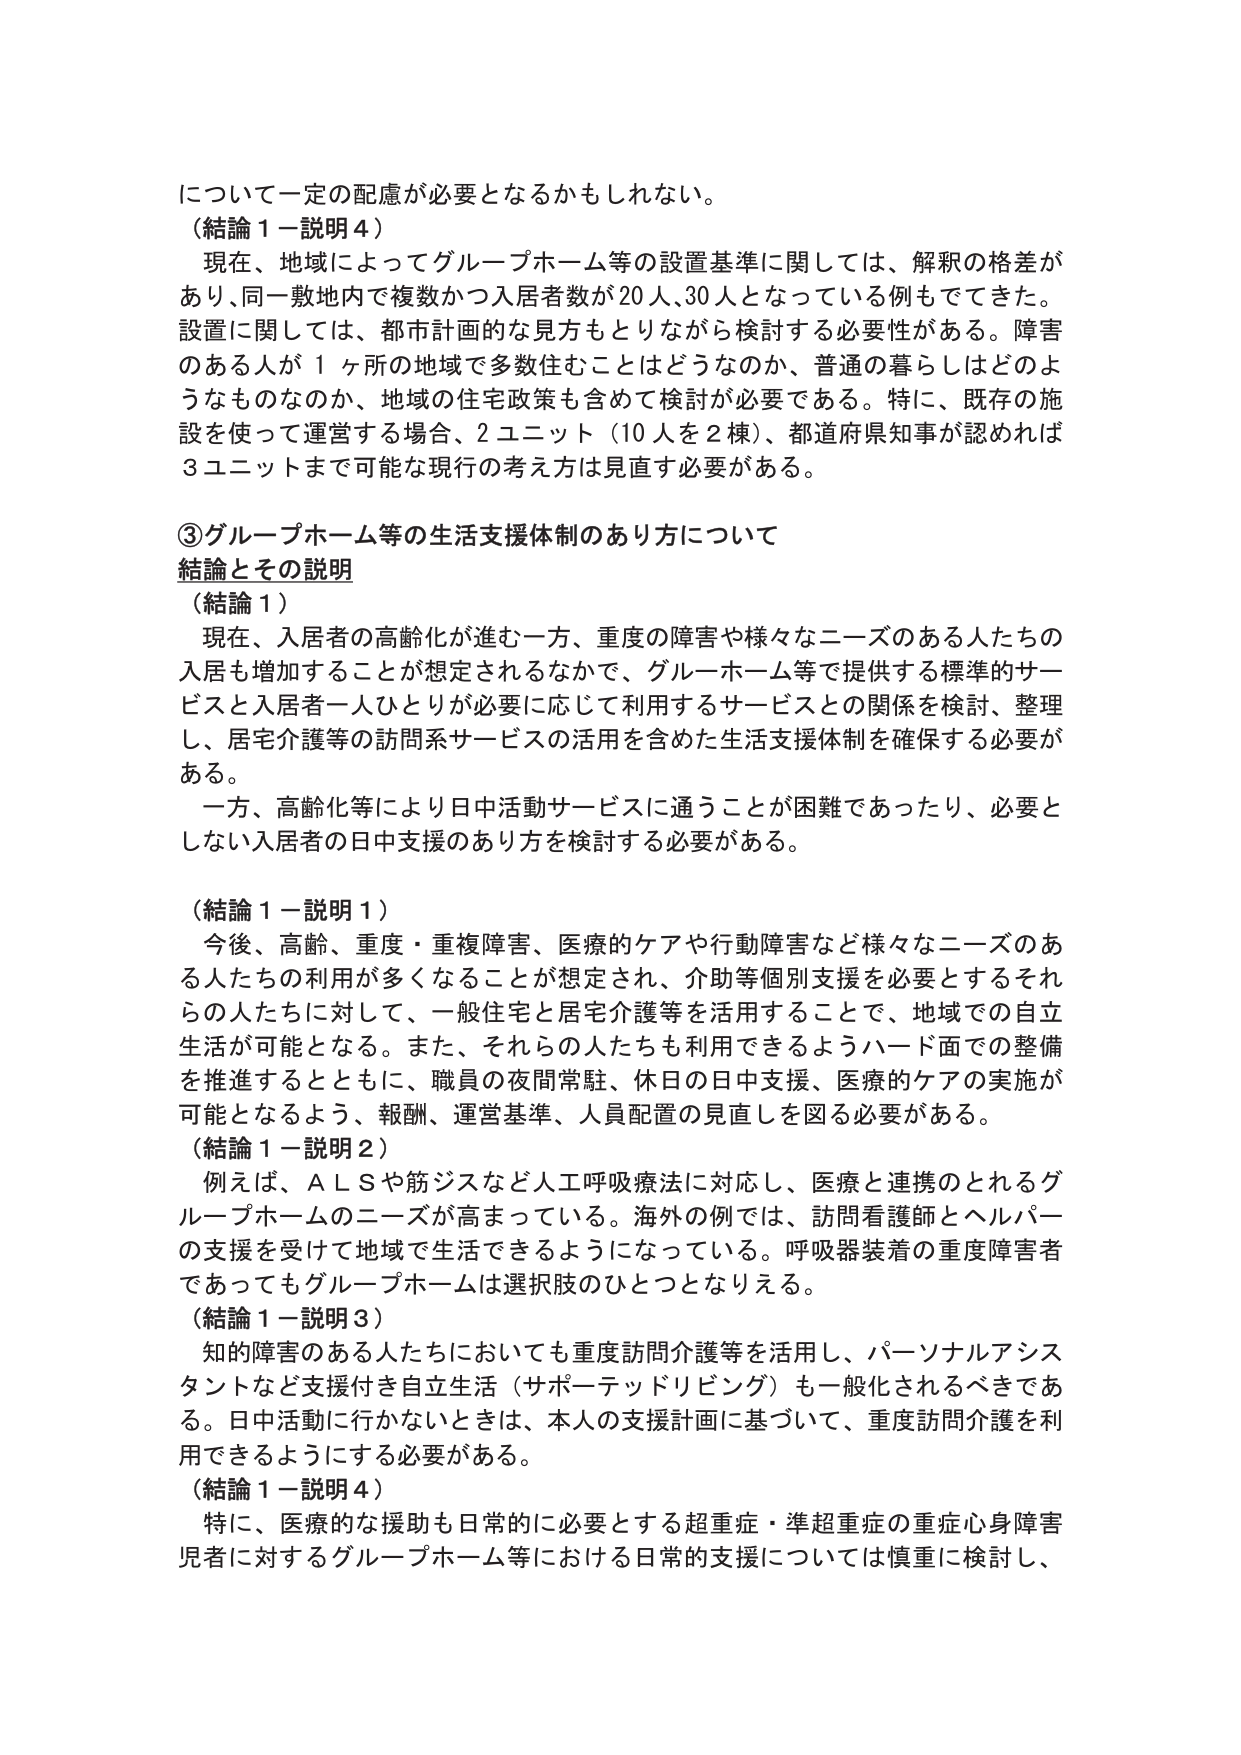
について一定の配慮が必要となるかもしれない。
（結論１－説明４）
　現在、地域によってグループホーム等の設置基準に関しては、解釈の格差があり、同一敷地内で複数かつ入居者数が20人、30人となっている例もでてきた。設置に関しては、都市計画的な見方もとりながら検討する必要性がある。障害のある人が１ヶ所の地域で多数住むことはどうなのか、普通の暮らしはどのようなものなのか、地域の住宅政策も含めて検討が必要である。特に、既存の施設を使って運営する場合、2ユニット（10人を2棟）、都道府県知事が認めれば3ユニットまで可能な現行の考え方は見直す必要がある。

③グループホーム等の生活支援体制のあり方について
結論とその説明
（結論１）
　現在、入居者の高齢化が進む一方、重度の障害や様々なニーズのある人たちの入居も増加することが想定されるなかで、グループホーム等で提供する標準的サービスと入居者一人ひとりが必要に応じて利用するサービスとの関係を検討、整理し、居宅介護等の訪問系サービスの活用を含めた生活支援体制を確保する必要がある。
　一方、高齢化等により日中活動サービスに通うことが困難であったり、必要としない入居者の日中支援のあり方を検討する必要がある。

（結論１－説明１）
　今後、高齢、重度・重複障害、医療的ケアや行動障害など様々なニーズのある人たちの利用が多くなることが想定され、介助等個別支援を必要とするそれらの人たちに対して、一般住宅と居宅介護等を活用することで、地域での自立生活が可能となる。また、それらの人たちも利用できるようハード面での整備を推進するとともに、職員の夜間常駐、休日の日中支援、医療的ケアの実施が可能となるよう、報酬、運営基準、人員配置の見直しを図る必要がある。
（結論１－説明２）
　例えば、ＡＬＳや筋ジスなど人工呼吸療法に対応し、医療と連携のとれるグループホームのニーズが高まっている。海外の例では、訪問看護師とヘルパーの支援を受けて地域で生活できるようになっている。呼吸器装着の重度障害者であってもグループホームは選択肢のひとつとなりえる。
（結論１－説明３）
　知的障害のある人たちにおいても重度訪問介護等を活用し、パーソナルアシスタントなど支援付き自立生活（サポーテッドリビング）も一般化されるべきである。日中活動に行かないときは、本人の支援計画に基づいて、重度訪問介護を利用できるようにする必要がある。
（結論１－説明４）
　特に、医療的な援助も日常的に必要とする超重症・準超重症の重症心身障害児者に対するグループホーム等における日常的支援については慎重に検討し、